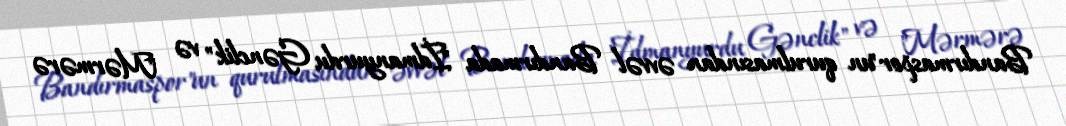
Bandırmaspor"un qurulmasından əvvəl Bandırmada "İdmanyurdu Gənclik" və "Mərmərə